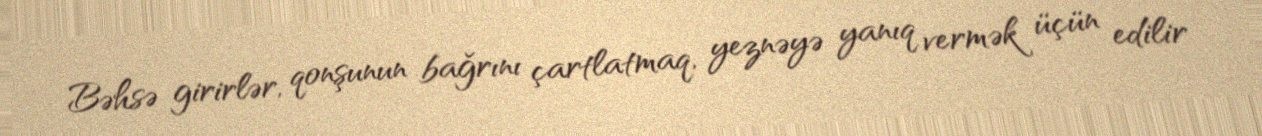
Bəhsə girirlər, qonşunun bağrını çartlatmaq, yeznəyə yanıq vermək üçün edilir